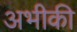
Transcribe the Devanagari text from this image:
अभीकी